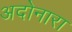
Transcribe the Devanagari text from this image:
अदोनारा